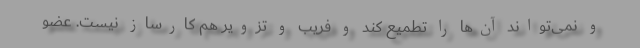
و نمی‌تواند آن‌ها را تطمیع کند و فریب و تزویر هم کارساز نیست. عضو